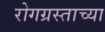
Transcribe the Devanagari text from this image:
रोगग्रस्ताच्या